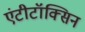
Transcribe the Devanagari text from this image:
एंटीटॉक्सिन